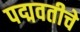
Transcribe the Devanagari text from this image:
पद्मवतीचे